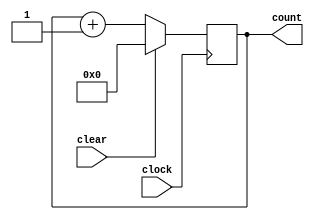
/*
 * Objective: 7-bit Binary Counter
 * Description: A binary counter is made from D-type flip flops configured as divide by 2 counters because each output is worth twice as much as the previous one and therefore should require twice as many clock pulses to make it go HIGH. The outputs from the binary counter represent 0 when they are LOW and 1 when they are HIGH.
 * Version: 1.0.01
 * Other files: Not required
 * Status: OK
 */

module counter (clear, clock, count);
    parameter N = 7;
    input clear, clock;
    output reg [0:N] count;
    
    always @ (negedge clock)
        if (clear)
            count <= 0;
        else
            count <= count + 1;
endmodule


module test_counter;
    reg clk, clr;
    wire [7:0] out;
    
    counter CNT (clr, clk, out);
    
    initial clk = 1'b0;
    
    always #5 clk = ~clk;
    
    initial
        begin
            clr = 1'b1;
            #15 clr = 1'b0;
            #200 clr = 1'b0;
            #10 $finish;
        end
    initial
        begin
            $dumpfile ("7bitBinaryCounter.vcd");
            $dumpvars (0, test_counter);
            $monitor ($time, " Count: %d", out);
        end
endmodule